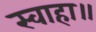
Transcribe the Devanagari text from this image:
स्वाहा॥